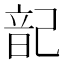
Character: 𮧷